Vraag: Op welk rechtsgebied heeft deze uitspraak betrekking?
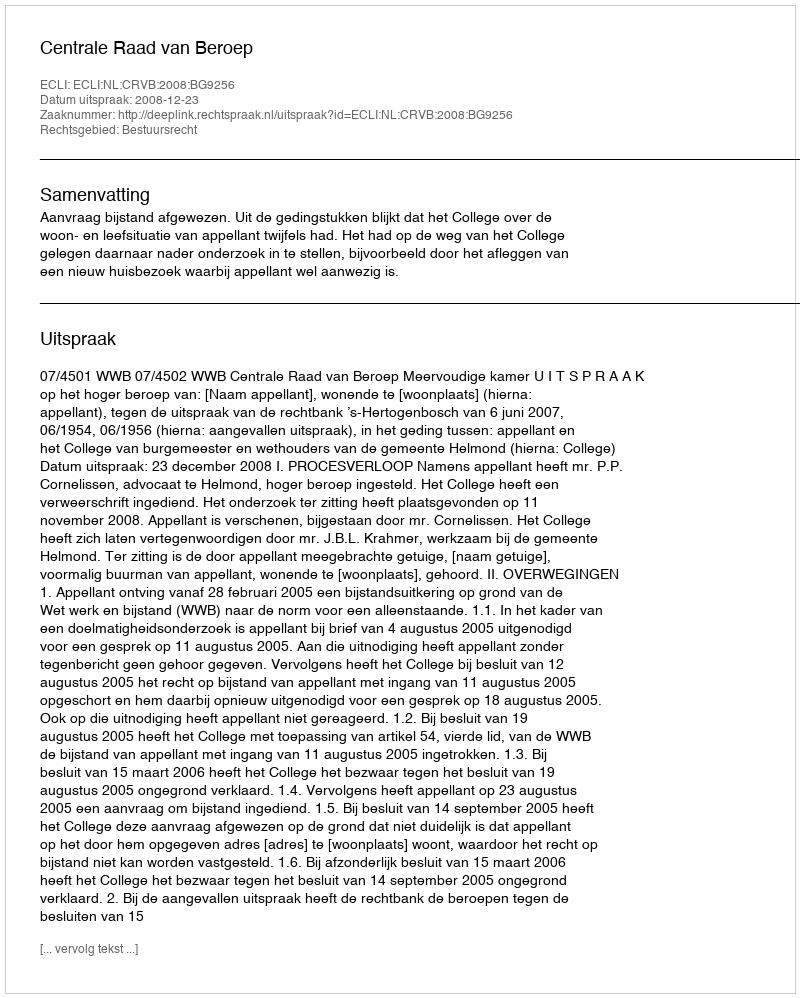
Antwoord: Bestuursrecht